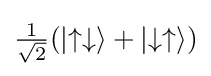
\textstyle {\frac {1}{\sqrt {2}}}(\left|\uparrow \downarrow \right\rangle +\left|\downarrow \uparrow \right\rangle )